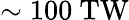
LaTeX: \sim 100\ \mathrm{TW}